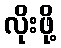
လိုးဖို့